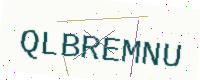
Text: QLBREMNU